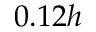
0 . 1 2 h